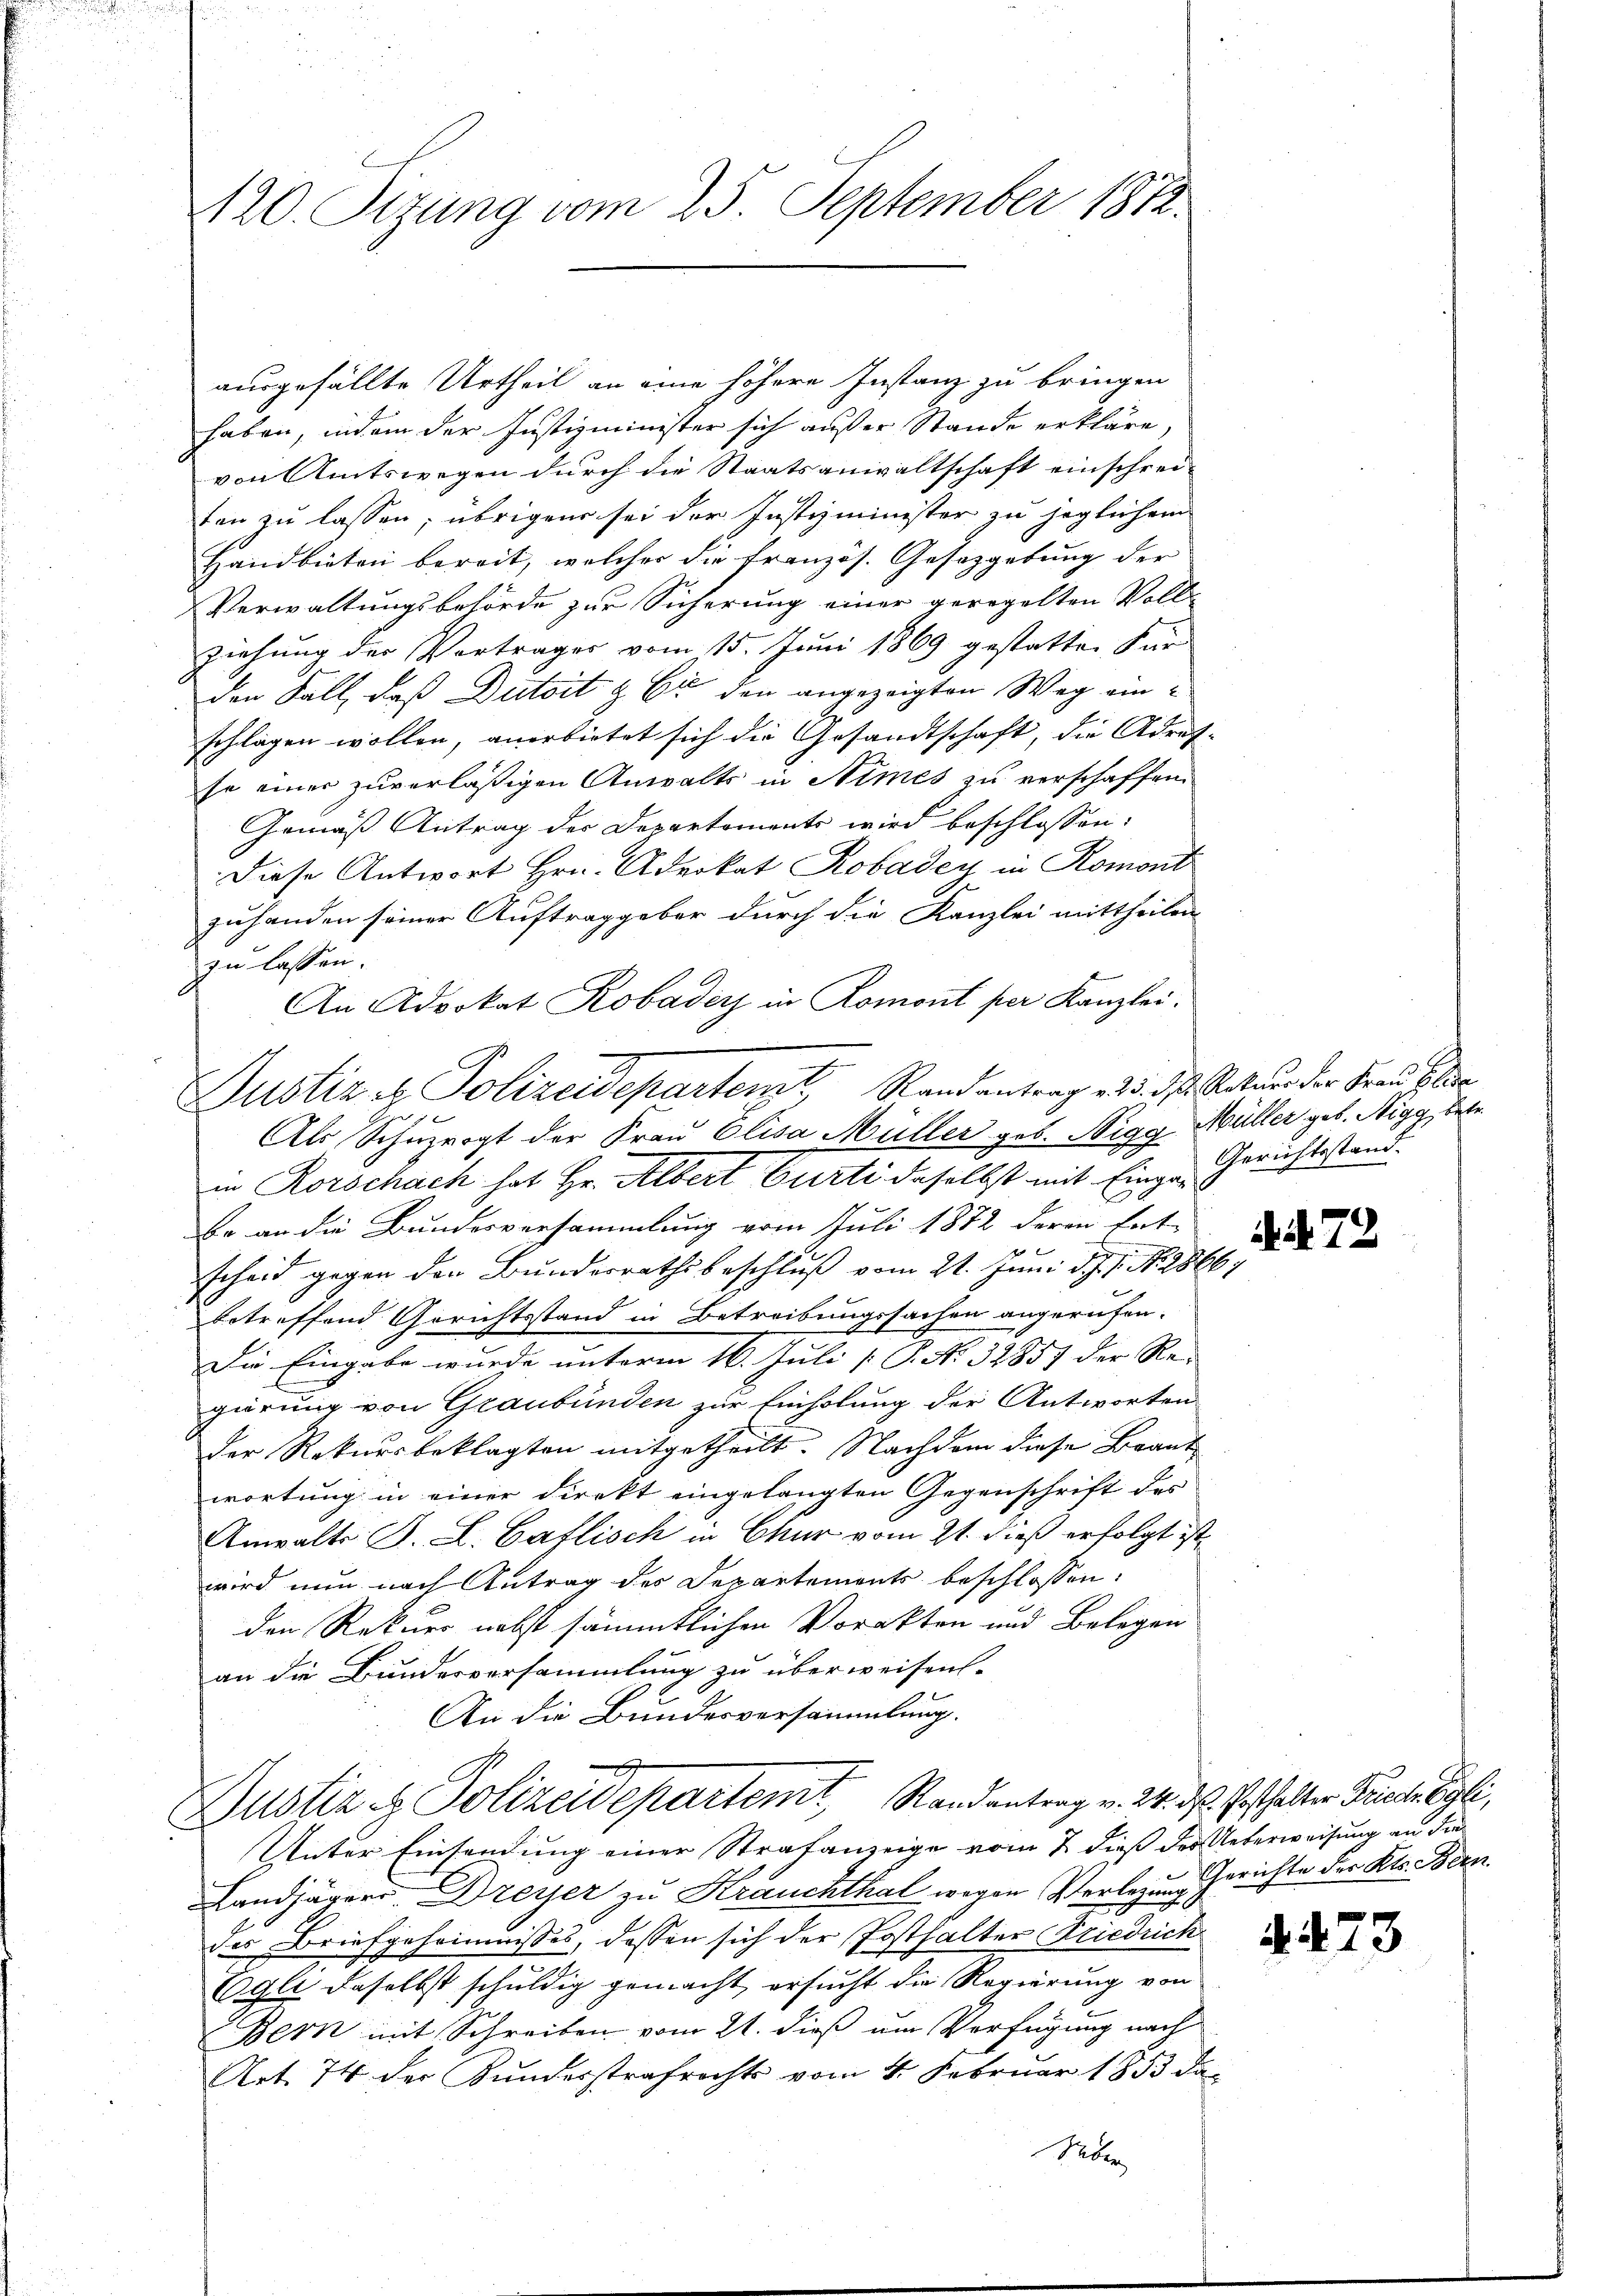
120. Sizung vom 25. September 1812.

ausgefällte Urtheil an eine höhere Instanz zu bringen
haben, indem der Justizminister sich außer Stande erkläre,
von Amtswegen durch die Staatsanwaltschaft einschrei-
ten zu lassen; übrigen sei der Justizminister zu jeglichem
Handbieten bereit, welcher die französ. Gesetzgebung der
Verwaltungsbehörde zur Sicherung einer geregelten Voll-
ziehung des Vortrages vom 15. Juni 1869 gestatten Für
den Fall, daß Dutoit & Er den angezeigten Weg eine
schlagen wollen, anerbietet sich die Gesandtschaft, die Adres-
se einer zuverläßigen Anwalts in Nimes zu verschaffen.
Gemäß Antrag der Departements wird beschlossen:
Diese Antwort Hrn. Aderkat Robaden in Romont
zuhanden seiner Auftraggeber durch die Kanzlei mittheilen
zu lassen.
An Advokat Robader in Romont per Kanzlei.
Als Schuzrogt der Frau Elisa Müller geb. Nigg Müller geb. Nigg, betr
in Rorschach hat Hr. Albert Curti daselbst mit Einge-Gerichtsstand.
Be an die Bundesversammlung vom Juli 1872 deren hat-

scheid gegen den Bŭnderrathsbeschlŭβ vom 21. Juni d. J. J. N. 286
betreffend Gerichtsstand in Betreibungssachen angerufen.
Die Eingabe wurde unterm 16. Juli [ P. No. 32857 der Re-
gärung von Graubünden zur Einholung der Antworten
Der Rekursbeklagten mitgetheilt. Nachdem diese Brant
wortung in einer Direkt eingelangten Gegenschrift des
Anwalts J. L. Caflisch in Chur vom 21. dieß erfolgt ist,
wird nun nach Antrag des Departements beschlossen:
den Rekurs nebst sämmtlichen Vorakten und Belegen
an die Bundesversammlung zu überweisen-
An die Bundesversammlung.
Dustiz & Polizeidepartemt, Randantrag v. 24. d. Posthalter Friedragli,
Unter Einsendung einer Strafanzeige vom 7. dieß der Ueberweisung an die¬
Landjägers Dreyer zu Krauchthal wegen Verlegung Gerichte des Kts. Bern.
des Briefgeheimnisses, dassen sich der (Posthalter Friedrich
Egli daselbst schuldig gemacht, ersucht die Regierung von
Bern mit Schreiben vom 21. dieß um Verfügung nach
Art. 74 der Kundesstrafrechts vom 4. Februar 1853 da
Neben

Justiz & Polizeidepartenk, Randantrag ad 5. ds. Satur der Frau blie

2

. 72

4.473